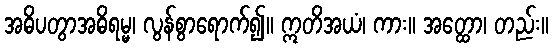
အဓိပတွာအဓိရမ္မ၊ လွန်စွာရောက်၍။ ဣတိအယံ၊ ကား။ အတ္ထော၊ တည်း။